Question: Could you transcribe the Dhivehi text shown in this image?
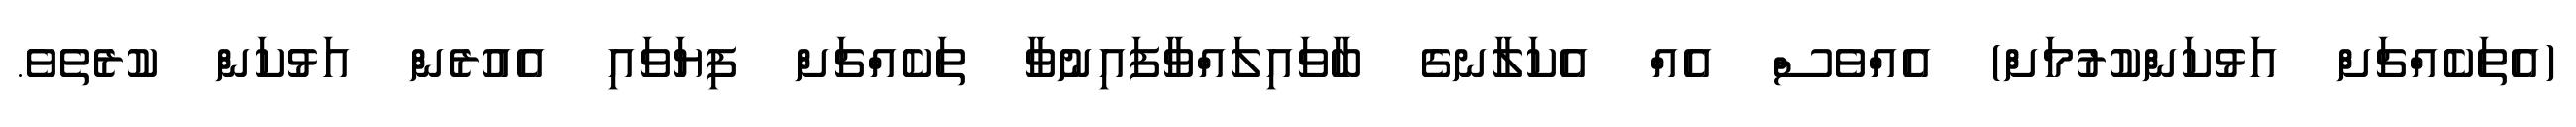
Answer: (އެތަކެއްޗަށް އަޅުކަންކުރުމަށް) އެއްވެސް އެއް އެކަލާނގެ ބާވައިލައްވާފައިނުވާ ތަކެއްޗަށް ފިޔަވައި އެއުރެން އަޅުކަން ކުރެތެވެ.